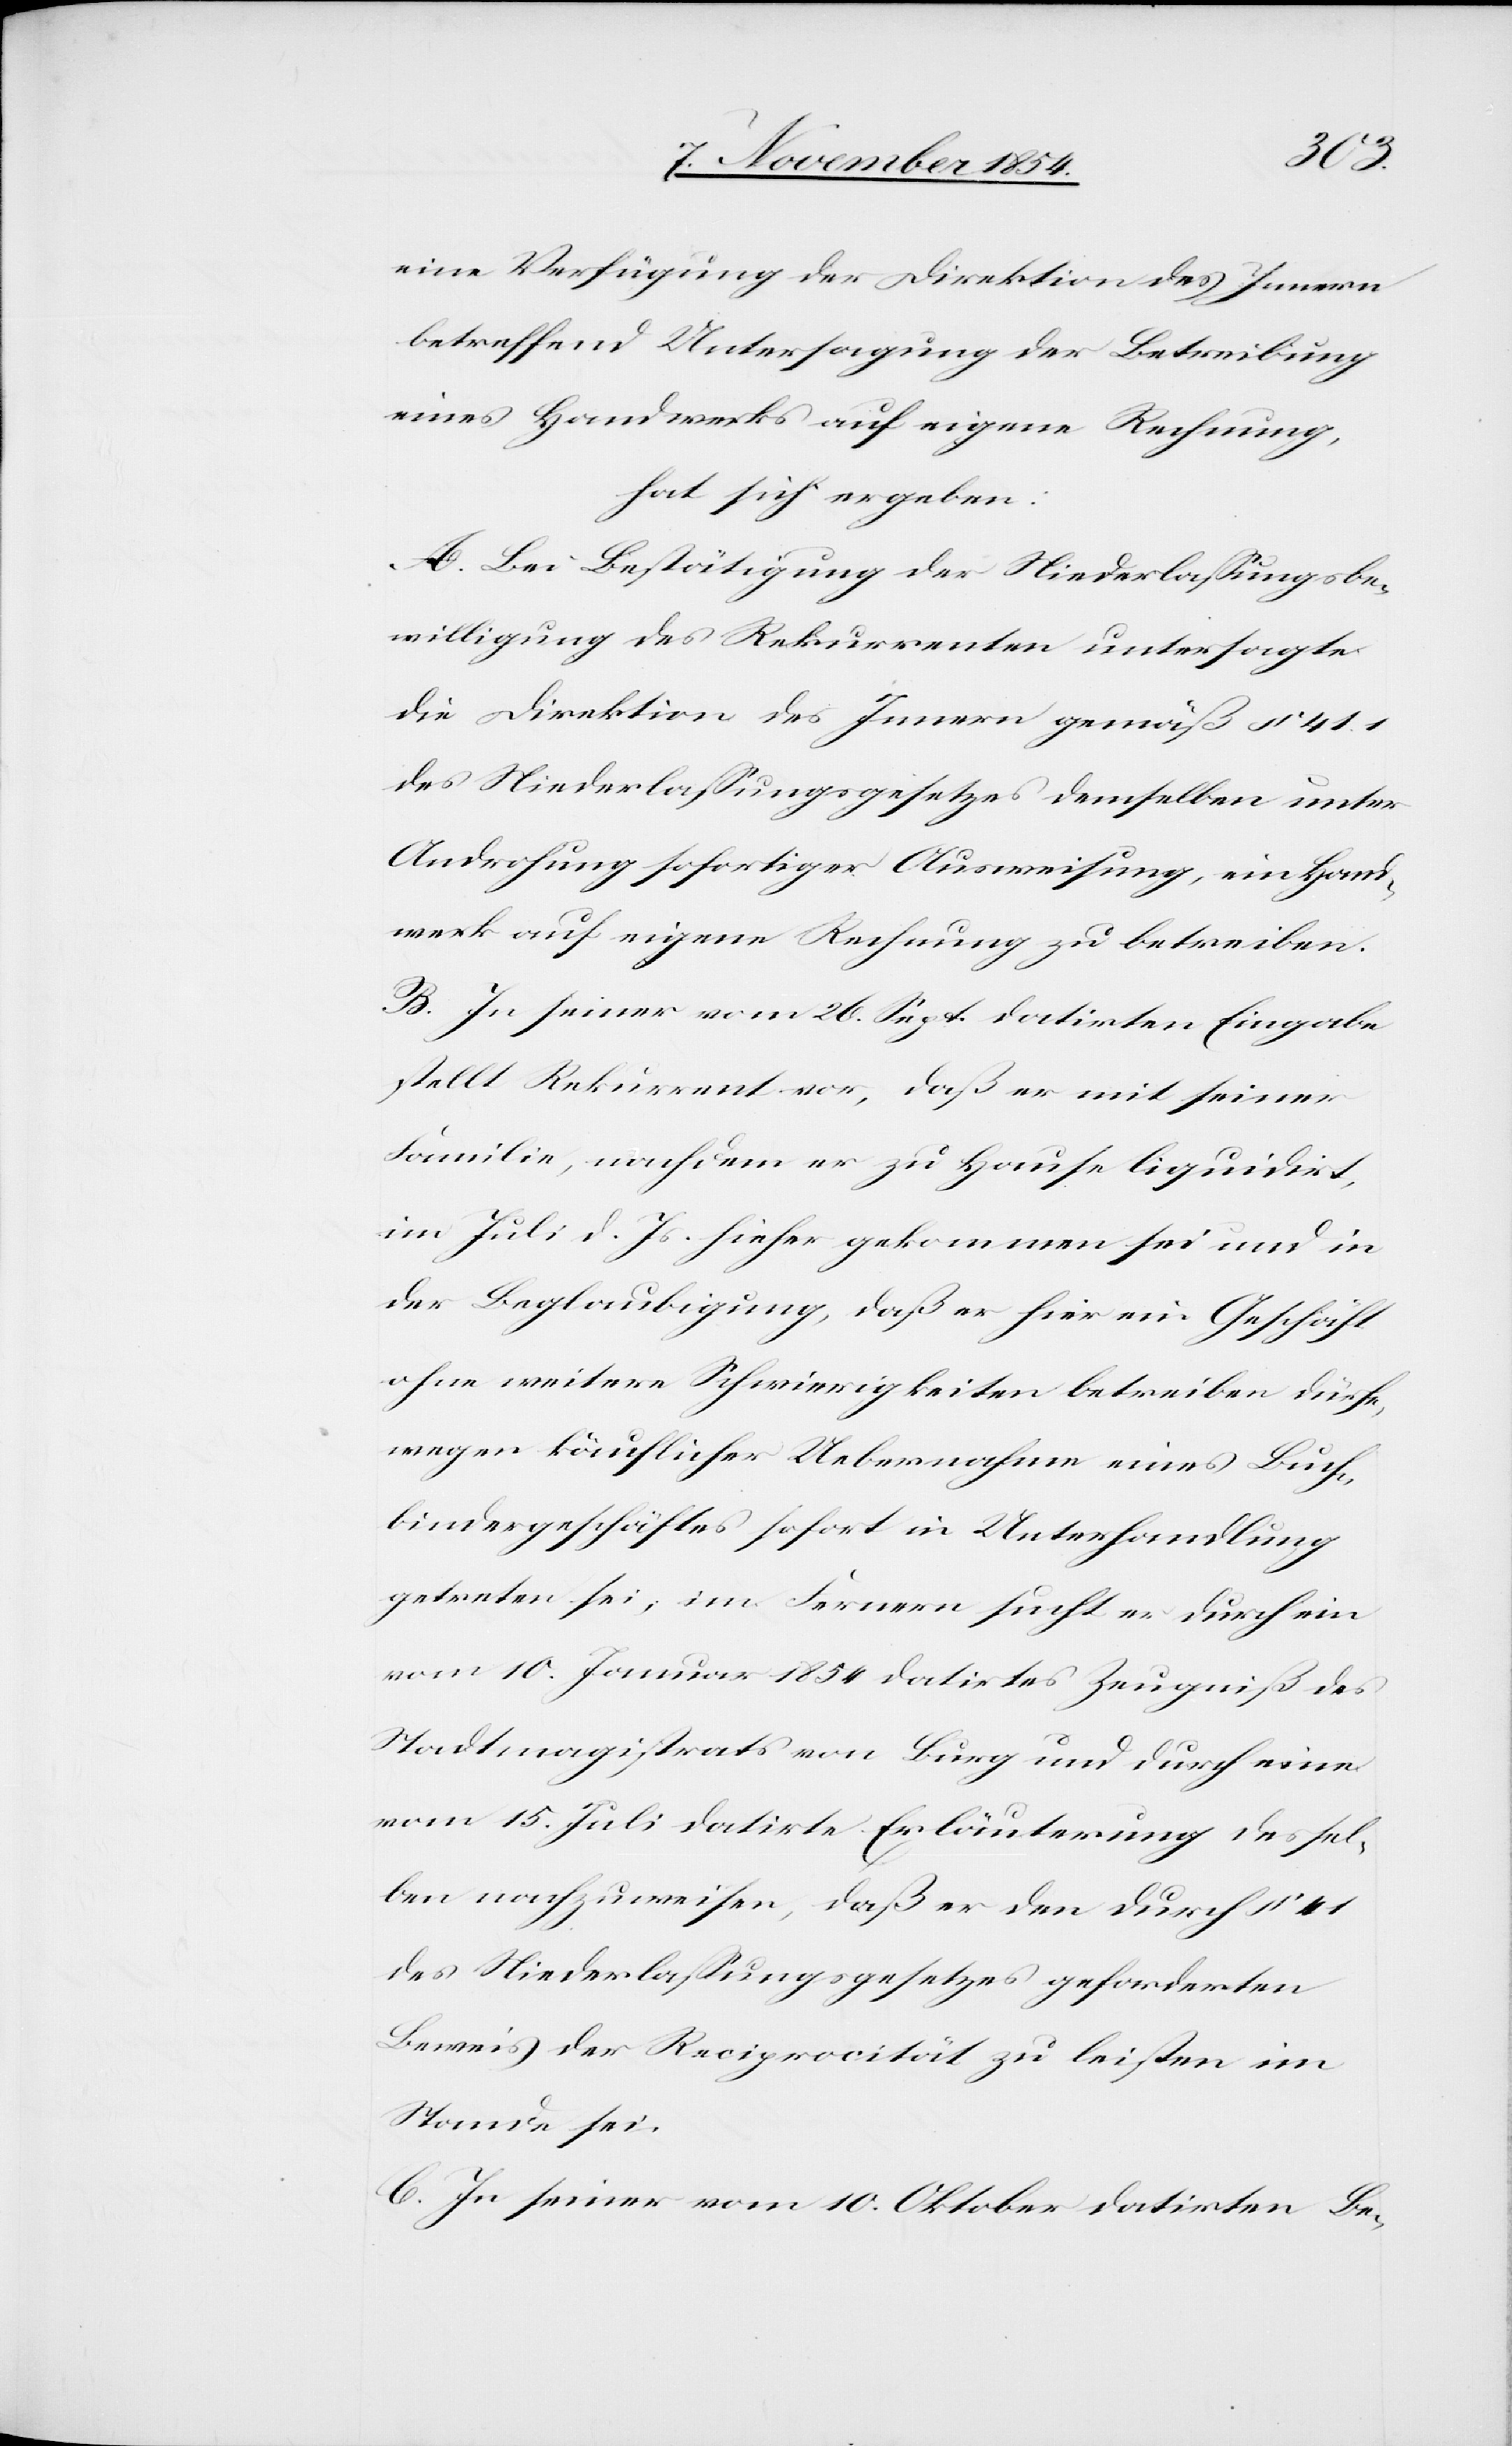
eine Verfügung der Direktion des Innern
betreffend Untersagung der Betreibung
eines Handwerks auf eigene Rechnung,
hat sich ergeben:
A. Bei Bestätigung der Niederlaßungsbe¬
willigung des Rekurrenten untersagte
die Direktion des Innern gemäß § 41.1
des Niederlaßungsgesetzes demselben unter
Androhung sofortiger Ausweisung, ein Hand¬
werk auf eigene Rechnung zu betreiben.
B. In seiner vom 26. Sept. datirten Eingabe
stellt Rekurrent vor, daß er mit seiner
Familie, nachdem er zu Hause liquidirt,
im Juli d. Js. hieher gekommen sei und in
der Beglaubigung, daß er hier ein Geschäft
ohne weitere Schwierigkeiten betreiben dürfe,
wegen käuflicher Uebernahme eines Buch¬
bindergeschäftes sofort in Unterhandlung
getreten sei, im Fernern sucht er durch ein
vom 10. Januar 1854 datirtes Zeugniß des
Stadtmagistrats von Burg und durch eine
vom 15. Juli datirte Erläuterung dessel¬
ben nachzuweisen, daß er den durch § 41
des Niederlaßungsgesetzes geforderten
Beweis der Reciprocität zu leisten im
Stande sei.
C. In seiner vom 10. Oktober datirten Be-